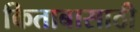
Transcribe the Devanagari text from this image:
किताबासाठी